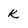
Character: K